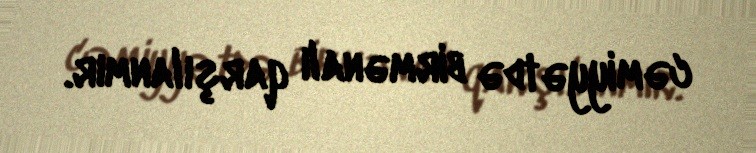
cəmiyyətdə birmənalı qarşılanmır.